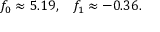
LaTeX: f _ { 0 } \approx 5 . 1 9 , \; \; \; f _ { 1 } \approx - 0 . 3 6 .